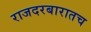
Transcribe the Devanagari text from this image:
राजदरबारातच